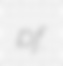
pf.